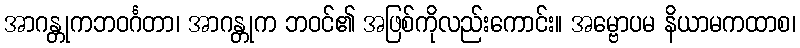
အာဂန္တုကဘဝင်္ဂတာ၊ အာဂန္တုက ဘဝင်၏ အဖြစ်ကိုလည်းကောင်း။ အမ္ဗောပမ နိယာမကထာစ၊